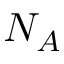
N _ { A }